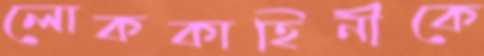
লোককাহিনীকে